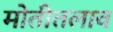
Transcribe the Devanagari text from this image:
मोतीतलाव